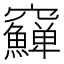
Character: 𥩎